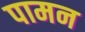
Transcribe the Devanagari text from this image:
पामन